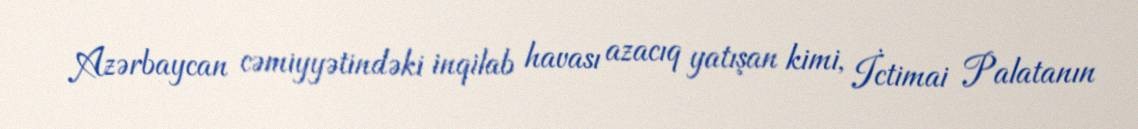
Azərbaycan cəmiyyətindəki inqilab havası azacıq yatışan kimi, İctimai Palatanın